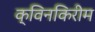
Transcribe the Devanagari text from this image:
क्विनकिरीम